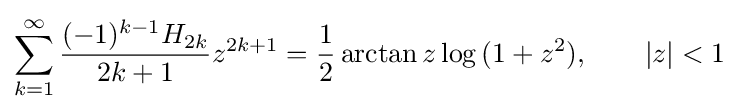
\sum _{k=1}^{\infty }{\frac {(-1)^{k-1}H_{2k}}{2k+1}}z^{2k+1}={\frac {1}{2}}\arctan {z}\log {(1+z^{2})},\qquad |z|<1